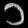
Digit: ၁